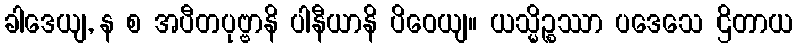
ခါဒေယျ, န စ အပီတပုဗ္ဗာနိ ပါနီယာနိ ပိဝေယျ။ ယသ္မိဉ္စဿာ ပဒေသေ ဌိတာယ